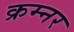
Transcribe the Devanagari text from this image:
क्रम्नर